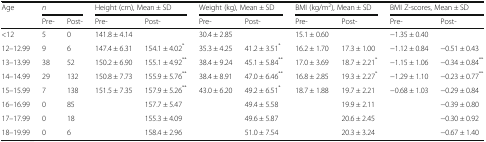
| <ROWSPAN=2> Age | <COLSPAN=2> n | <COLSPAN=2> Height (cm), Mean ± SD | <COLSPAN=2> Weight (kg), Mean ± SD | <COLSPAN=2> BMI (kg/m2), Mean ± SD | <COLSPAN=2> BMI Z-scores, Mean ± SD |
 | Pre- | Post- | Pre- | Post- | Pre- | Post- | Pre- | Post- | Pre- | Post- |
 | --- | --- | --- | --- | --- | --- | --- | --- | --- | --- | --- |
 | <12 | 5 | 0 | 141.8 ± 4.14 |  | 30.4 ± 2.85 |  | 15.1 ± 0.60 |  | −1.35 ± 0.40 |  |
 | 12–12.99 | 9 | 6 | 147.4 ± 6.31 | 154.1 ± 4.02* | 35.3 ± 4.25 | 41.2 ± 3.51* | 16.2 ± 1.70 | 17.3 ± 1.00 | −1.12 ± 0.84 | −0.51 ± 0.43 |
 | 13–13.99 | 38 | 52 | 150.2 ± 6.90 | 155.1 ± 4.92** | 38.4 ± 9.24 | 45.1 ± 5.84** | 17.0 ± 3.69 | 18.7 ± 2.21* | −1.15 ± 1.06 | −0.34 ± 0.84** |
 | 14–14.99 | 29 | 132 | 150.8 ± 7.73 | 155.9 ± 5.76** | 38.4 ± 8.91 | 47.0 ± 6.46** | 16.8 ± 2.85 | 19.3 ± 2.27* | −1.29 ± 1.10 | −0.23 ± 0.77** |
 | 15–15.99 | 7 | 138 | 151.5 ± 7.35 | 157.9 ± 5.26** | 43.0 ± 6.20 | 49.2 ± 6.51* | 18.7 ± 1.88 | 19.7 ± 2.21 | −0.68 ± 1.03 | −0.29 ± 0.84 |
 | 16–16.99 | 0 | 85 |  | 157.7 ± 5.47 |  | 49.4 ± 5.58 |  | 19.9 ± 2.11 |  | −0.39 ± 0.80 |
 | 17–17.99 | 0 | 18 |  | 155.3 ± 4.09 |  | 49.6 ± 5.87 |  | 20.6 ± 2.45 |  | −0.30 ± 0.92 |
 | 18–19.99 | 0 | 6 |  | 158.4 ± 2.96 |  | 51.0 ± 7.54 |  | 20.3 ± 3.24 |  | −0.67 ± 1.40 |